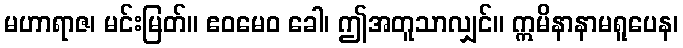
မဟာရာဇ၊ မင်းမြတ်။ ဧဝမေဝ ခေါ၊ ဤအတူသာလျှင်။ ဣမိနာနာမရူပေန၊